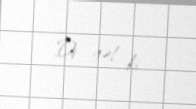
Di gəl ki.